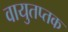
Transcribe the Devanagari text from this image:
वायुतप्तक